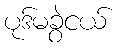
ပုဒ်မခွဲငယ်